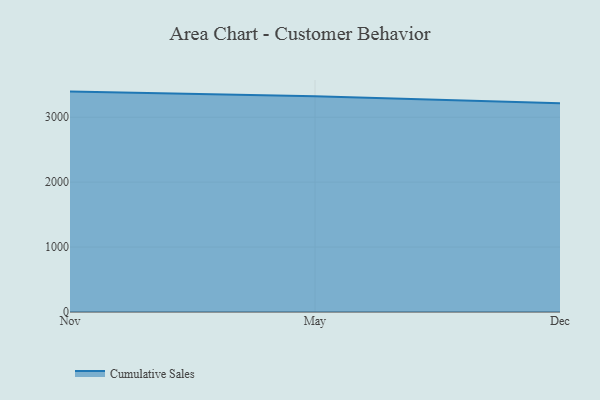
{"axis": {"x": "Month", "y": "Waste Production (Tons)"}, "legend": ["Cumulative Sales"], "data": [{"x": "Nov", "y": 3394.6, "type": "Cumulative Sales"}, {"x": "May", "y": 3322.2, "type": "Cumulative Sales"}, {"x": "Dec", "y": 3214.2, "type": "Cumulative Sales"}]}